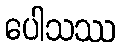
ပေါသဿ